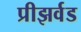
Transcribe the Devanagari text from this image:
प्रीझर्वड